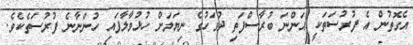
އެގޮތުން އެ ފުރުސަތަކީ އަންނަ ބުރާސްފަތި ދުވަހުގެ ނިޔަލަށް ހުޅުވާލާފައި ހުންނާނެ ފުރުސަތެކެވެ.